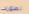
تطورات